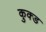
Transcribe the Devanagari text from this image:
कुक्ड